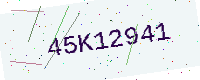
Text: 45K12941